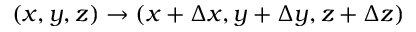
( x , y , z ) \to ( x + \Delta x , y + \Delta y , z + \Delta z )